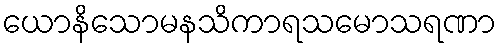
ယောနိသောမနသိကာရသမောသရဏာ